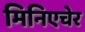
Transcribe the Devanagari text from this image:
मिनिएचेर